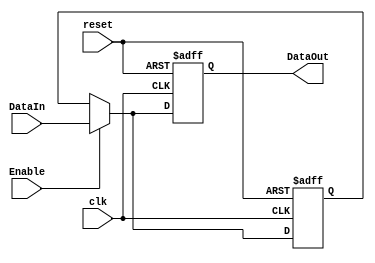
module Disable (
    input wire Enable,  // Control signal
    input wire clk,     // Clock signal (for synchronous designs)
    input wire reset,   // Reset signal (optional, based on design requirements)
    input wire [n-1:0] DataIn, // Input data (size can be defined as per requirement)
    output reg [n-1:0] DataOut  // Output data (size should match DataIn)
);
    parameter n = 8; // You can change the size of input and output data

    // Register to hold the last valid output value
    reg [n-1:0] last_valid_output;

    always @(posedge clk or posedge reset) begin
        if (reset) begin
            DataOut <= 0; // Reset output to 0
            last_valid_output <= 0; // Reset last valid output to 0
        end else if (Enable) begin
            // When enabled, update output with input data
            DataOut <= DataIn;
            last_valid_output <= DataIn; // Update last valid data
        end else begin
            // When disabled, retain last valid output
            DataOut <= last_valid_output;
        end
    end

endmodule